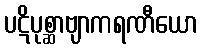
ပဋိပုစ္ဆာဗျာကရဏီယော